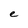
Character: e